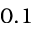
0 . 1